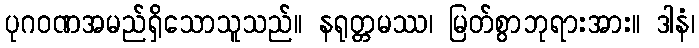
ပုဂဝဏအမည်ရှိသောသူသည်။ နရုတ္တမဿ၊ မြတ်စွာဘုရားအား။ ဒါနံ၊